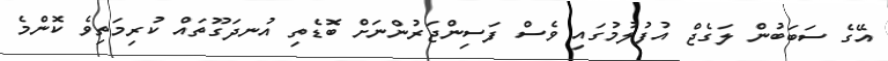
އޭގެ ސަބަބުން ލަގެޖް އުފުލުމުގައި ވެސް ފަސިންޖަރުންނަށް ބޮޑެތި އުނދަގޫތައް ކުރިމަތިވެ ކޮންމެ